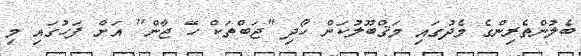
ބެލުންތެރިންގެ މެދުގައި މަޤްބޫލުކަން ހޯދި "ޖަބްތަކް ހޭ ޖާން" އަށް ފަހުގައި މި